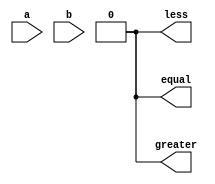
module comparator (
  input [63:0] a,
  input [63:0] b,
  output equal,
  output greater,
  output less
);

wire [63:0] equal_bits;
wire [63:0] greater_bits;
wire [63:0] less_bits;

assign equal_bits = a == b;
assign greater_bits = a > b;
assign less_bits = a < b;

assign equal = &equal_bits;
assign greater = &greater_bits;
assign less = &less_bits;

endmodule